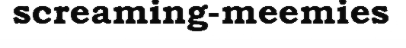
screaming-meemies